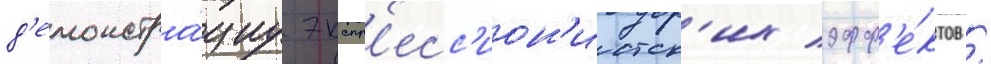
д'емонстра́циу экспр'есс'ион'истск'их эфф'е́ктов /